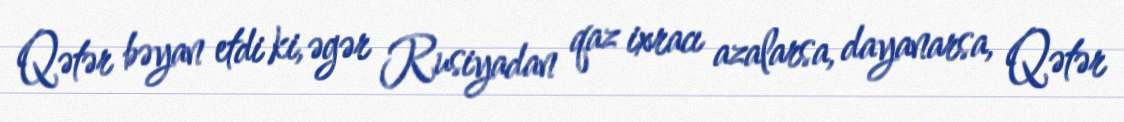
Qətər bəyan etdi ki, əgər Rusiyadan qaz ixracı azalarsa, dayanarsa, Qətər